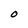
Character: O